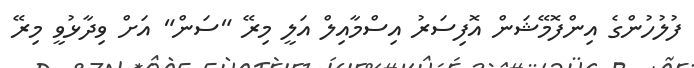
ފުލުހުންގެ އިންފޮމޭޝަން އޮފިސަރު އިސްމާއިލް އަލީ މިރޭ "ސަން" އަށް ވިދާޅުވީ މިރޭ